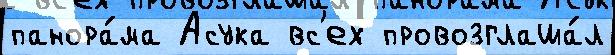
панора́ма Асука вс'ех провозглаша́л